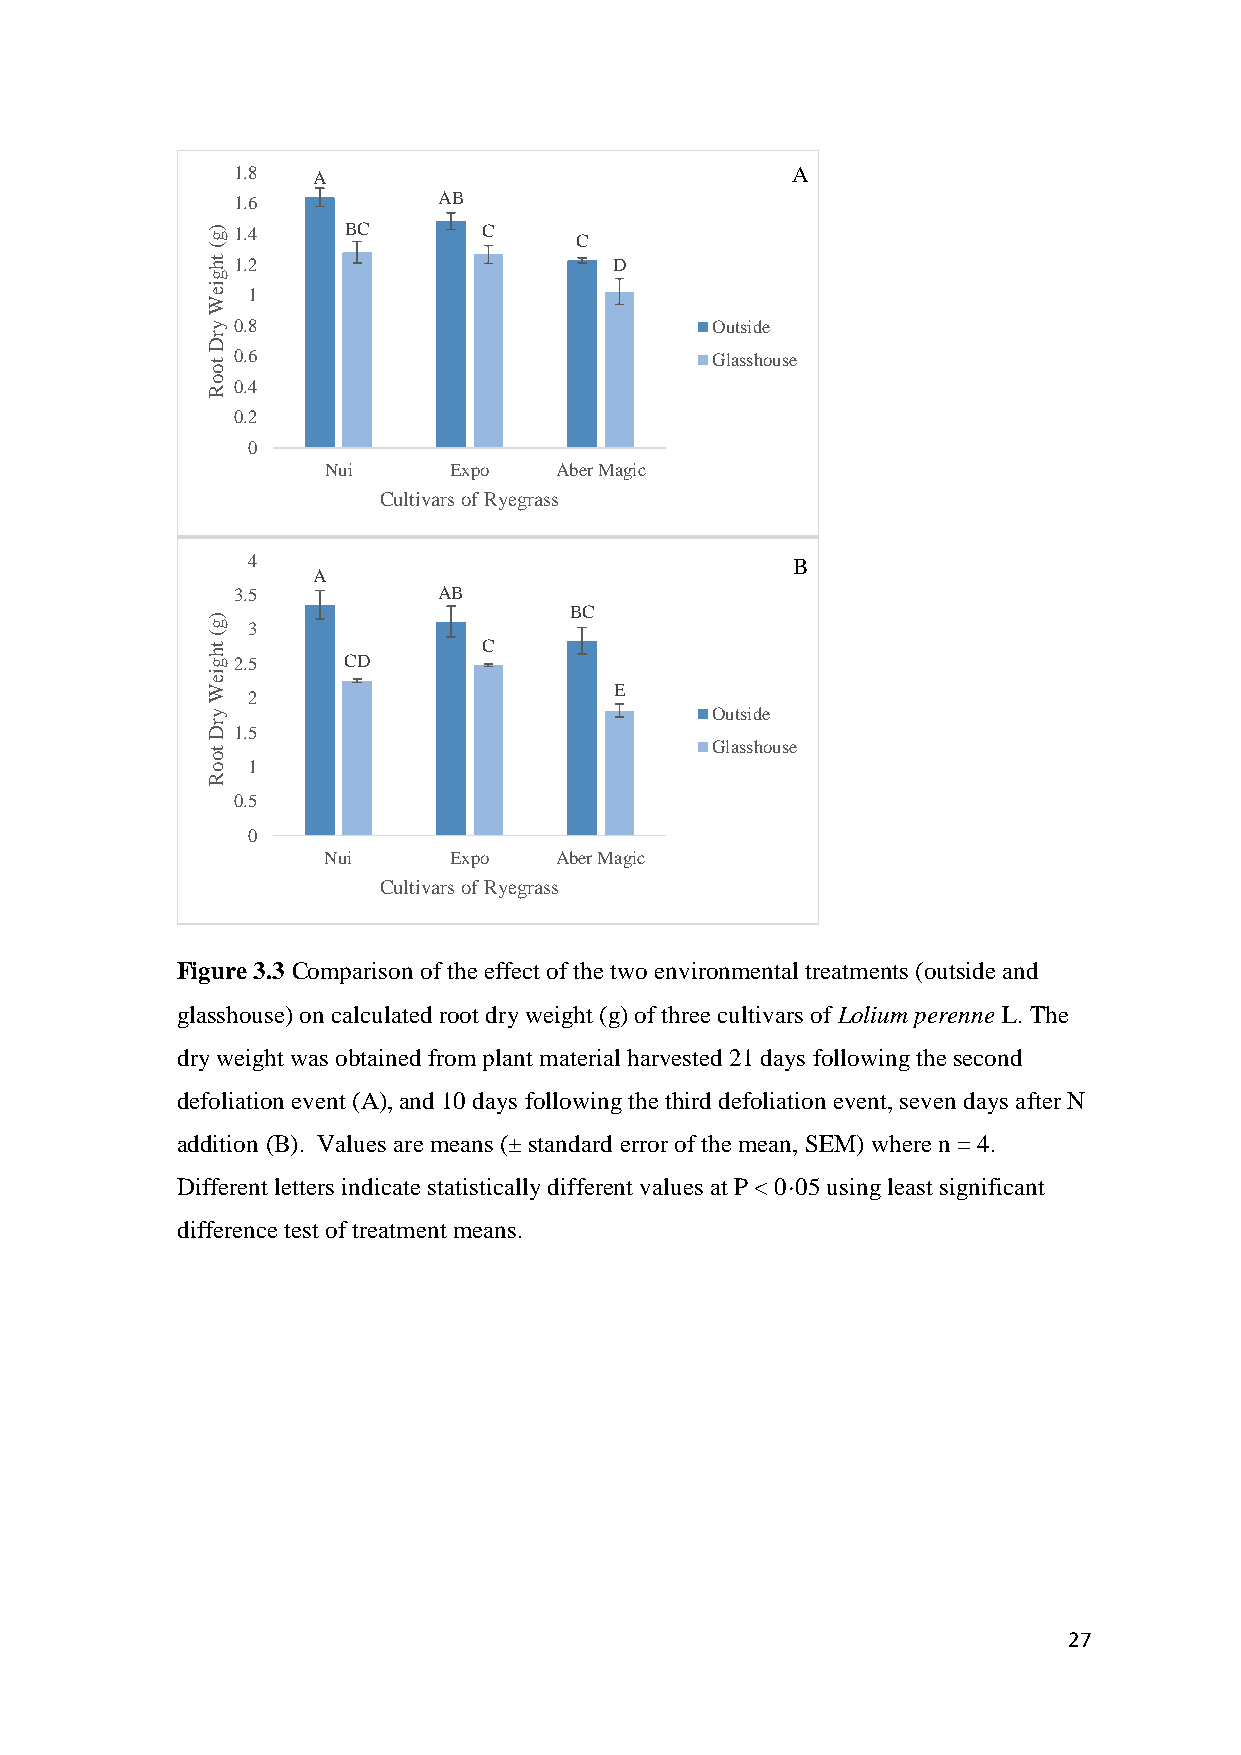
1.8   A                              A
 1.6           AB
 ) g 1.4  BC       C     C
 (
 th 1.2                     D
 g
 ie
 1
 W
 y 0.8                            Outside
 r
 D
 to
 0.6                             Glasshouse
 o R 0.4
 0.2
 0
 Nui      Expo   Aber Magic
 Cultivars of Ryegrass
 4                                   B
 A
 3.5           AB
 )
 BC
 g 3
 (
 th
 g 2.5    CD
 C
 ie
 W                          E
 2
 y                                Outside
 r D 1.5
 to
 Glasshouse
 o 1
 R
 0.5
 0
 Nui      Expo   Aber Magic
 Cultivars of Ryegrass
 Figure 3.3 Comparison of the effect of the two environmental treatments (outside and
 glasshouse) on calculated root dry weight (g) of three cultivars of Lolium perenne L. The
 dry weight was obtained from plant material harvested 21 days following the second
 defoliation event (A), and 10 days following the third defoliation event, seven days after N
 addition (B). Values are means (± standard error of the mean, SEM) where n = 4.
 Different letters indicate statistically different values at P < 0·05 using least significant
 difference test of treatment means.
 27